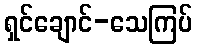
ရှင်ချောင်-သေကြပ်